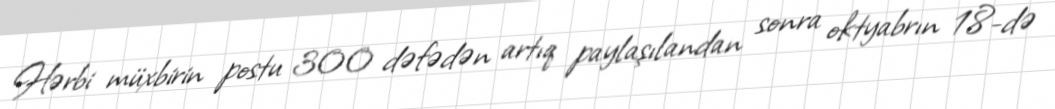
Hərbi müxbirin postu 300 dəfədən artıq paylaşılandan sonra oktyabrın 18-də